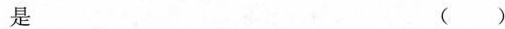
是 ()